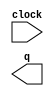
module cnt4 (
	clock,
	q);

	input	  clock;
	output	[1:0]  q;

endmodule